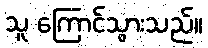
သူ ကြောင်သွားသည်။